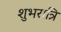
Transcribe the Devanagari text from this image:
शुभरात्रि